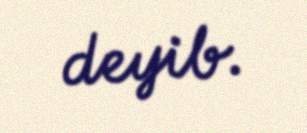
deyib.